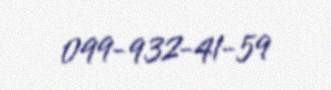
099-932-41-59